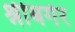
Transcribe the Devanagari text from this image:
श्नीबर्गर